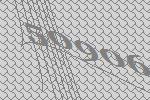
50906